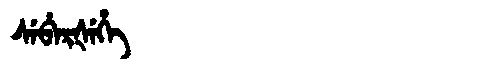
Manchu: ᠰᡝᠪᡝᡵᡧᡝᡥᡝ
Romanization: SEBERŠEHE